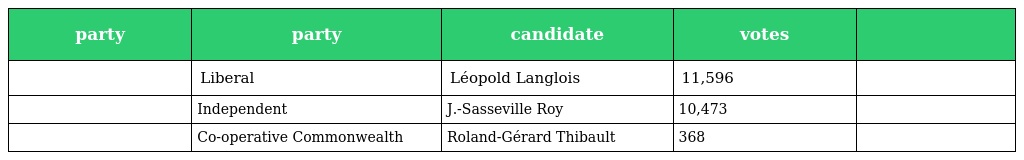
| party | party | candidate | votes |  |
 | --- | --- | --- | --- | --- |
 |  | Liberal | Léopold Langlois | 11,596 |  |
 |  | Independent | J.-Sasseville Roy | 10,473 |  |
 |  | Co-operative Commonwealth | Roland-Gérard Thibault | 368 |  |